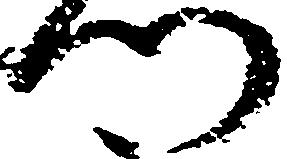
門